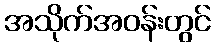
အသိုက်အဝန်းတွင်